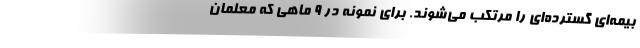
بیمه‌ای گسترده‌ای را مرتکب می‌شوند. برای نمونه در ۹ ماهی که معلمان